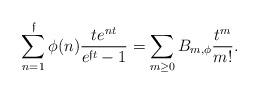
LaTeX: \begin{align*}\sum_{n=1}^{\mathfrak{f}}\phi(n)\frac{te^{nt}}{e^{\mathfrak{f}t}-1}=\sum_{m\ge0}B_{m,\phi}\frac{t^m}{m!}.\end{align*}